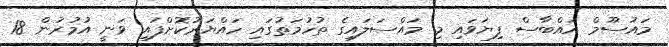
މައުސޫމް އައްބާސް ފިޔަވައި މި މައްސަލައިގެ ތުހުމަތުގައި ހައްޔަރުކޮށްފައި ވަނީ އުމުރުން 18